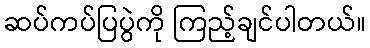
ဆပ်ကပ်ပြပွဲကို ကြည့်ချင်ပါတယ်။